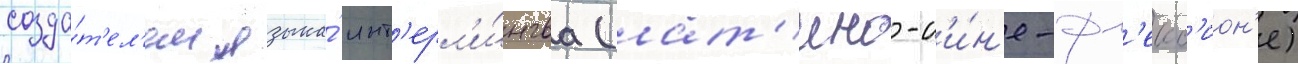
созда́т'ел'ем языка́ инт'ерл'и́нгва (лат'ино-с'и́н'е-фл'екс'ион'е)